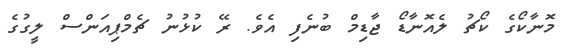
މޮނާކޯގެ ކޯޗު ލެއޮނާޑޯ ޖާޑިމް ބުނެފި އެވެ. ރޭ ކުޅުނު ޗެމްޕިއަންސް ލީގުގެ